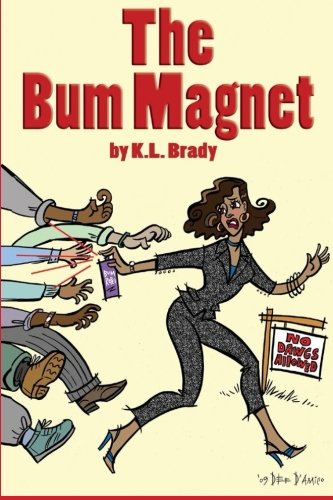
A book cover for The Bum Magnet; K. L. Brady; Romance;